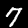
Digit: 7